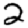
Digit: 2